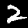
Label: 2